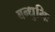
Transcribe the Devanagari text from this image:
बन्धुभिः